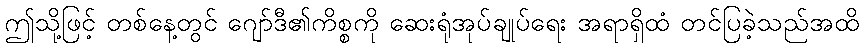
ဤသို့ဖြင့် တစ်နေ့တွင် ဂျော်ဒီ၏ကိစ္စကို ဆေးရုံအုပ်ချုပ်ရေး အရာရှိထံ တင်ပြခဲ့သည်အထိ